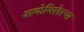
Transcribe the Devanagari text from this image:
आयोजिलेल्या